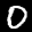
Label: 0